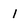
Character: 1